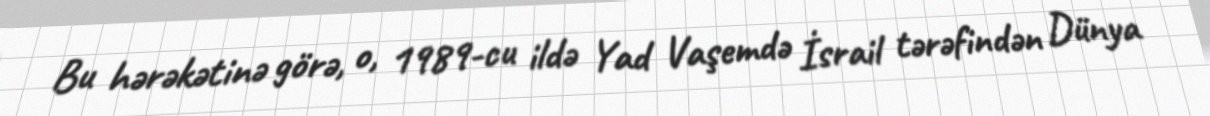
Bu hərəkətinə görə, o, 1989-cu ildə Yad Vaşemdə İsrail tərəfindən Dünya